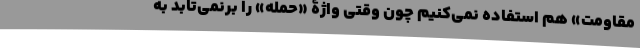
مقاومت» هم استفاده نمی‌کنیم چون وقتی واژۀ «حمله» را برنمی‌تابد به